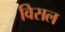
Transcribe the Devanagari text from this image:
विसल